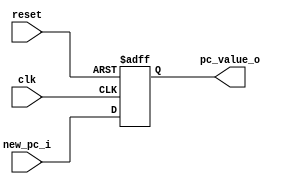
/******************************************************************
* Description
*	This is a register of 32-bit that corresponds to the PC counter. 
*	This register does not have an enable signal.
* Version:
*	1.0
* Author:
*	Dr. Jos Luis Pizano Escalante
* email:
*	luispizano@iteso.mx
* Date:
*	05/07/2020
******************************************************************/

module Program_Counter
#(
	parameter N_BITS = 32
)
(
	input clk,
	input reset,
	input  [N_BITS-1:0] new_pc_i,
	
	
	output reg [N_BITS-1:0] pc_value_o
);

always@(negedge reset or posedge clk) begin
	if(reset==0)
		pc_value_o <= 32'h00400000;//iniciar en la direccion en hexa
	else	
		pc_value_o<=new_pc_i;
end

endmodule